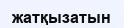
жатқызатын